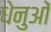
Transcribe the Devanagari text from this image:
धेनुओं